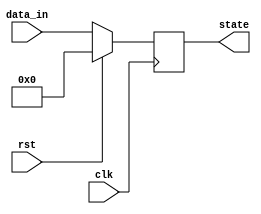
module synchronous_reset (
    input wire clk,          // Clock input
    input wire rst,          // Active high reset input
    input wire [7:0] data_in,// Example data input
    output reg [7:0] state   // Example internal state (register)
);

// Initialize state
initial begin
    state = 8'b0; // Define the reset state
end

// Sequential always block for synchronous reset logic
always @(posedge clk) begin
    if (rst) begin
        // Reset the internal state to predefined value
        state <= 8'b0; // Set all bits to zero (reset state)
    end else begin
        // Normal operation: update state based on input
        state <= data_in; // Example operation for normal case
    end
end

endmodule